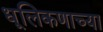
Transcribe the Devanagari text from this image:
धूलिकणाच्या